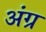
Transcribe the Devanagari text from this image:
अंग्र